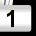
Digit: 1